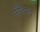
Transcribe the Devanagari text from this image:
सौंवाद